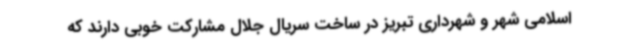
اسلامی شهر و شهرداری تبریز در ساخت سریال جلال مشارکت خوبی دارند که